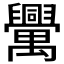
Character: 𦦻